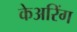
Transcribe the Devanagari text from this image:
केअरिंग